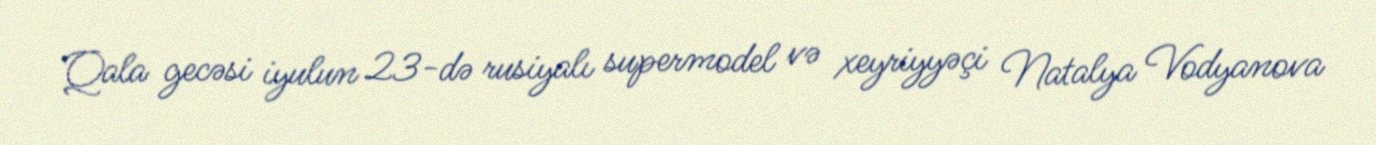
Qala gecəsi iyulun 23-də rusiyalı supermodel və xeyriyyəçi Natalya Vodyanova